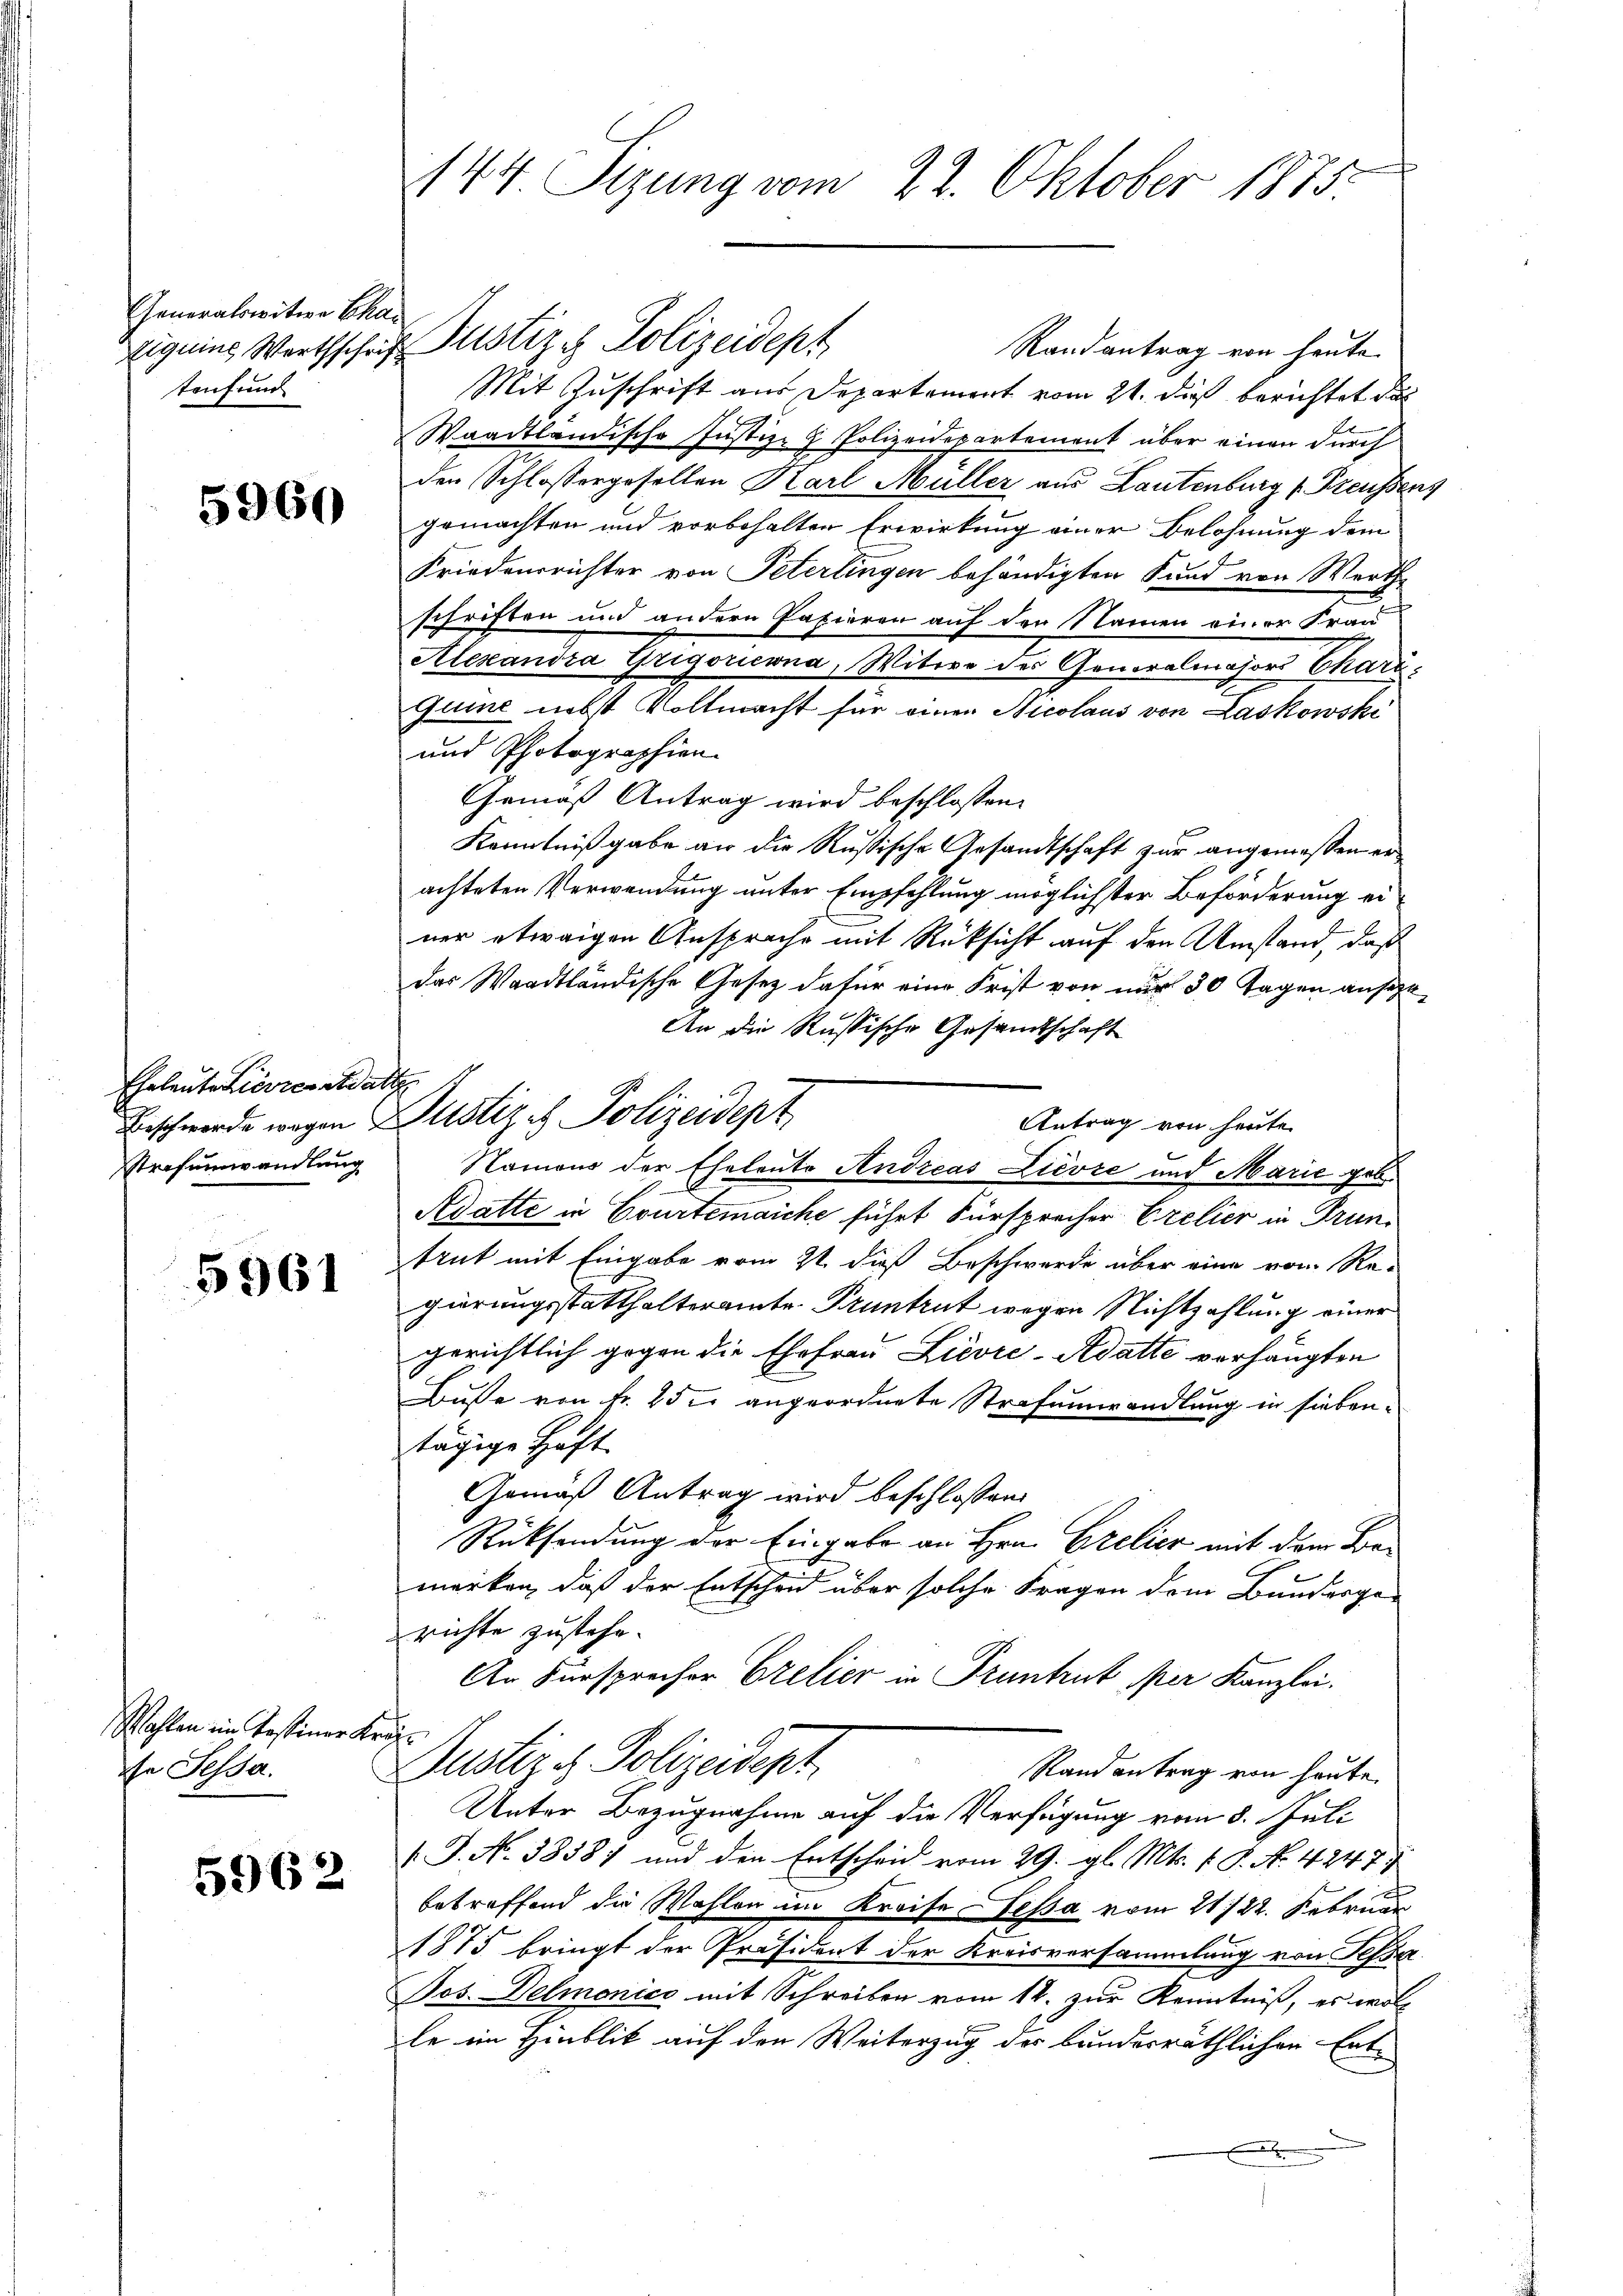
Generalswitwe Char
trufung

5960

Eheleute Zierrestatt

5961

Wahlen im Tessiner a
de Jessa.

5962

144 Sizung vom 22. Oktober 1873.

Randantrag von heute
Mit Zuschrift aus Departement vom 21. dieß berichtet das
Waadtländische Justiz- & Polizeidepartement über einen durch
den Schlossergesellen Karl Müller aus Lautenburg (Preusser
gemachten und vorbehalten Erwirkung einer Belohnung dem
Friedensrichter von Peterlingen behändigten Fund von Werthe
schriften und andern Papieren auf den Namen einer Frau
Alexandra Grigoriewna, Witwe des Generalmajors Chari
Guine nebst Vollmacht für einen Nicolaus von Laskowske
und Photographien.
Gemäß Antrag wird beschlossen:
Kenntnißgabe an die Russische Gesandtschaft zur angemeßen erachteten Verwendung unter Empfehlung möglichster Beförderung einer etwaigen Ansprache mit Rücksicht auf den Umstand, daß
das Waadtländische Gesetz dafür eine Frist von nur 30 Tagen ansehe
An die Russische Gesandtschaft
Antrag von heute.
Strafumwandlung Namens der Ehelento Andreas Lievze und Marie geb
Adatte in Courtenaiche führt Fürsprecher Crelier in Gruntrut mit Eingabe vom 2t. dieß Beschwerde über eine vom Re-
gierungsstatthalteramte Pruntrut wegen Nichtzahlung einer
gerichtlich gegen die Ehefrau Livre-Adatte verhängten
Busse von Fr. 25 l. angeordnete Strafumwandlung in siebentägige Haft
Gemäß Antrag wird beschlossen:
Rücksendung der Eingabe an Hrn. Grelier mit dem Bemerken, daß der Entscheid über solche Fragen dem Bundergerichte zustehe.
An Fürsprecher Grelier in Pruntrut per Kanzlei.
trch
Justiz & Polizeidept.
Randantrag von heute.
Unter Bezugnahme auf die Verfügung vom 8. Juli
1 J. No. 38587 und den Entscheid vom 29. gl. Mts. f. P. N. 4247
betreffend die Wahlen im Kreise Tessa vom 21/22. Februar
1875 bringt der Präsident der Kreisversammlung von Sessa
Jos. Delmonice mit Schreiben vom 14. zur Kenntniß, es woll
le im Hinblik auf den Weiterzug des bundesräthlichen Ent¬

Eiguins Werthschaft Plistiz & Polizeidept

Beschwerde wegen Zustiz - Polizeidept